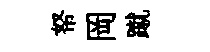
帑岡蹴